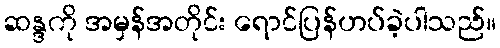
ဆန္ဒကို အမှန်အတိုင်း ရောင်ပြန်ဟပ်ခဲ့ပါသည်။